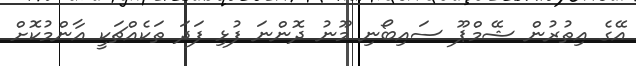
އޭގެ އިތުރުން ޝޭމްޕޫ ސައިބޯނި މޫނު ދޮންނަ ފުޅި ފަދަ ތަކެއްޗަކީ އާންމުކޮށް